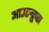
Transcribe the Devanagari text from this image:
आउटग्रुप्स